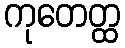
ကုတေတ္ထ